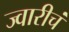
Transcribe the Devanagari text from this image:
ज्वारीचं